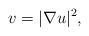
LaTeX: \begin{align*}v=|\nabla u|^2,\end{align*}